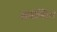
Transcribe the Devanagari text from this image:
इबोसिम